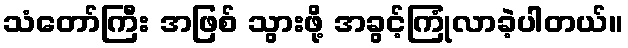
သံတော်ကြီး အဖြစ် သွားဖို့ အခွင့်ကြုံလာခဲ့ပါတယ်။